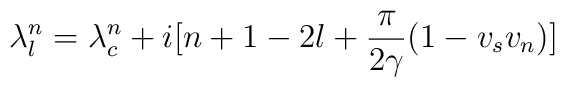
\lambda_l^n = \lambda_c^n + i[n+1-2l+\frac{\pi}{2\gamma}(1-v_sv_n)]